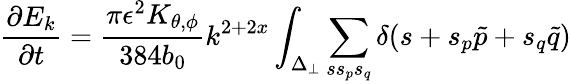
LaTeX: \frac{\partial E_{k}}{\partial t}=\frac{\pi\epsilon^{2}K_{\theta,\phi}}{384b_{0}}k^{2+2x}\int_{\Delta_{\perp}}\sum_{ss_{p}s_{q}}\delta(s+s_{p}\tilde{p}+s_{q}\tilde{q})